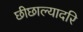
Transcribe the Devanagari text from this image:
छीछाल्यादरि